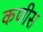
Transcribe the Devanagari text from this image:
कणीस